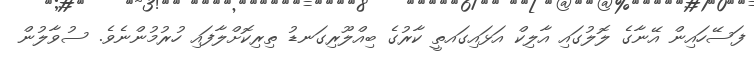
ފަސޭހައިން އޭނާގެ ލޮލުގައި އާލިކް އަޅައިގައތީ ކާރުގެ ބިއްލޫރިގަނޑު ތިރިކޮށްލާފައި ހުރުމުންނެވެ. ސުވާލުން